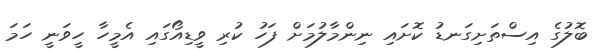
ބޮލުގެ އިސްތަށިގަނޑު ކޮށައި ނިންމާލުމަށް ފަހު ކުރި ވީޑިއޯގައި އެމީހާ ހީވަނީ ހަމަ